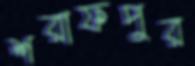
শরাফপুর